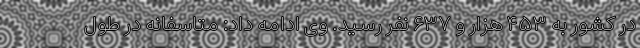
در کشور به ۴۵۳ هزار و ۶۳۷ نفر رسید. وی ادامه داد: متاسفانه در طول